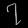
Digit: ၇